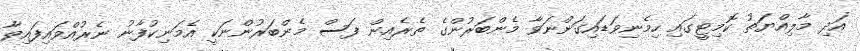
އަދި މާލިއްޔަތު ކޮމިޓީގައި ހިމެނިވަޑައިގަންނަވާ މެންބަރުންގެ ތެރެއިން ފަސް މެންބަރުންނަކީ އެމަނިކުފާނު ނެރުއްވައިފައިވާ